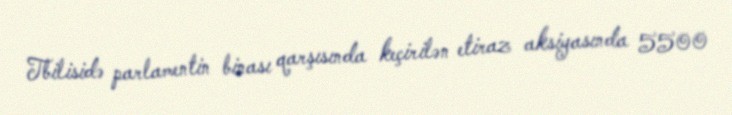
Tbilisidə parlamentin binası qarşısında keçirilən etiraz aksiyasında 5500